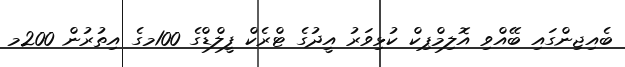
ބެއިޖިންގައި ބޭއްވި އޮލިމްޕިކް ކުޅިވަރު އީދުގެ ޓްރެކް ފީލްޑްގެ 100މގެ އިތުރުން 200މ